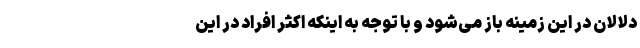
دلالان در این زمینه باز می‌شود و با توجه به اینکه اکثر افراد در این